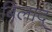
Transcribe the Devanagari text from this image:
बिलाद्